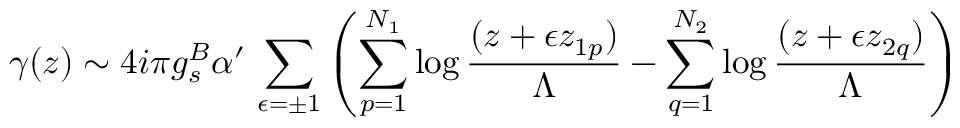
\gamma ( z ) \sim 4 i \pi g _ { s } ^ { B } \alpha ^ { \prime } \, \sum _ { \epsilon = \pm 1 } \left( \sum _ { p = 1 } ^ { N _ { 1 } } \log \frac { ( z + \epsilon z _ { 1 p } ) } { \Lambda } - \sum _ { q = 1 } ^ { N _ { 2 } } \log \frac { ( z + \epsilon z _ { 2 q } ) } { \Lambda } \right)